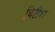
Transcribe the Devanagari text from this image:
बिटीश